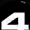
Digit: 4